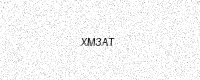
Text: XM3AT